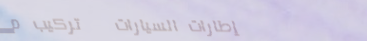
إطارات السيارات   تركيب م